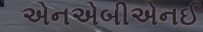
એનએબીએનઈ